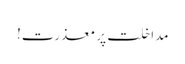
مداخلت پر معذرت!